Annual report of the Punjab Veterinary College and of the Civil Veterinary Department, Punjab - 1894-1908
Year: 1894
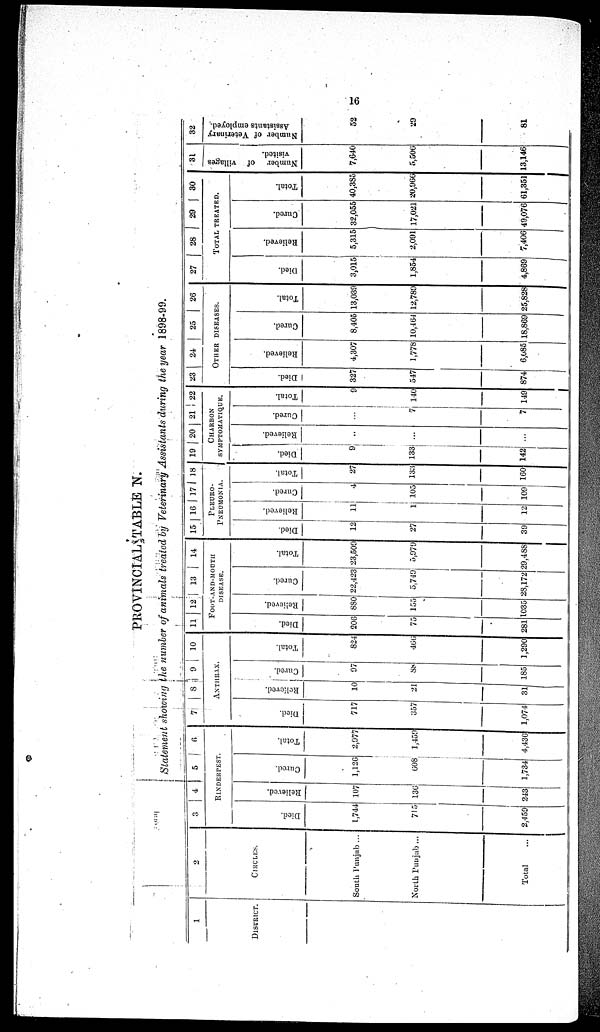
16
PROVINCIAL TABLE N.
Statement showing the number of animals treated by Veterinary Assistants during the year 1898-99.
1
DISTRICT.
2
CIRCLES.
South Punjab ...
North Punjab ...
Total
...
3
4
5 6
RINDERPEST.
Died.
1,744
715
2,459
Relieved.
107
136
243
Cured.
1,126
608
1,734
Total.
2,077
1,459
4,436
7
8 9
10
ANTHRAX.
Died.
717
357
1,074
Relieved.
10
21
31
Cured.
97
88
185
Total.
824
466
1,290
11
12
13
14
FOOT-AND-MOUTE
DISEASE.
Died.
206
75
281
Relieved.
880
155
1035
Cured.
22,423
5,749
28,172
Total.
23,509
5,979
29,488
15 16 17 18
PLEURO¬
PNEUMONIA.
Died.
12
27
39
Reieved.
11
1
12
Cured.
4
105
109
Total.
27
133
160
19 20 21 22
CHARBON
SYMPTOMATIQUE.
Died.
9
133
142
Relieved.
..
...
...
Cured.
...
7
7
Total.
9
140
149
23
24
25 26
OTHER
DISEASES.
Died.
327
547
874
Relieved.
4,307
1,778
6,085
Cured.
8,405
10,464
18,869
Total.
13,039
12,789
25,828
27
28
29
30
TOTAL
TREATED.
Died.
3,915
1,854
4,869
Relieved.
5,315
2,091
7,406
Cured.
32,055
17,021
49,076
Total.
40,385
20,966
61,351
31
Number
of villages
visited.
7,640
5,506
13,146
32
Number of Veterinary
Assistants employed.
52
29
81